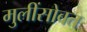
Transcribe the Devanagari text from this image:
मुलींसोबत